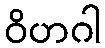
ဝိဟဂါ